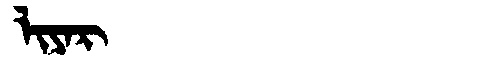
Manchu: ᠯᡳᠶᠠᡵ
Romanization: LIYAR